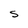
Character: S